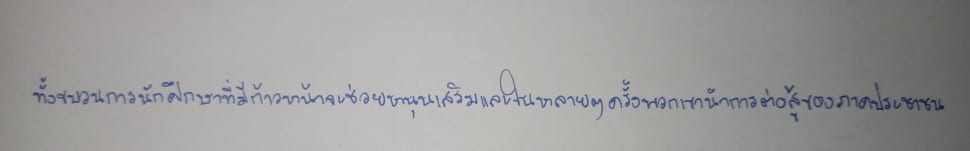
ทั้งขบวนการนักศึกษาที่มีก้าวหน้าจะช่วยหนุนเสริมและในหลายๆครั้งพวกเขานำการต่อสู้ของภาคประชาชน